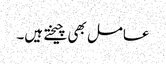
عامل بھی چیختے ہیں۔